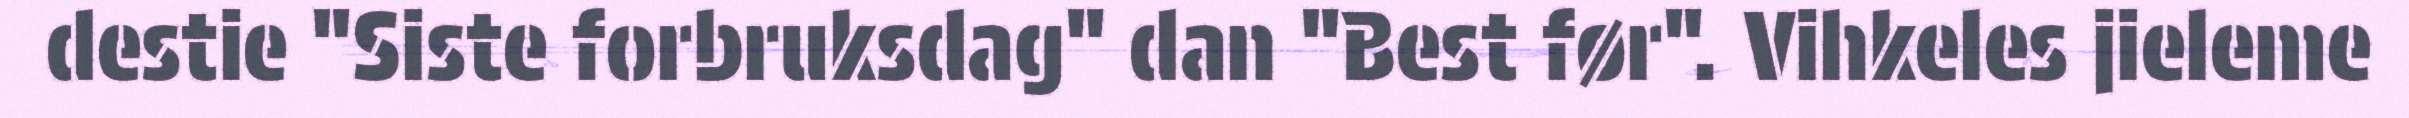
destie "Siste forbruksdag" dan "Best før". Vihkeles jieleme